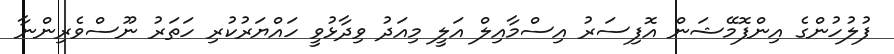
ފުލުހުންގެ އިންފޮމޭޝަން އޮފިސަރު އިސްމާއިލް އަލީ މިއަދު ވިދާޅުވީ ހައްޔަރުކުރި ހަތަރު ނޫސްވެރިންނާ